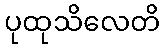
ပုထုသိလေတိ